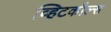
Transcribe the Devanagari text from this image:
व्हिटकौल्स